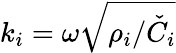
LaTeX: k_{i}=\omega{\sqrt{\rho_{i}/\check{C}_{i}}}